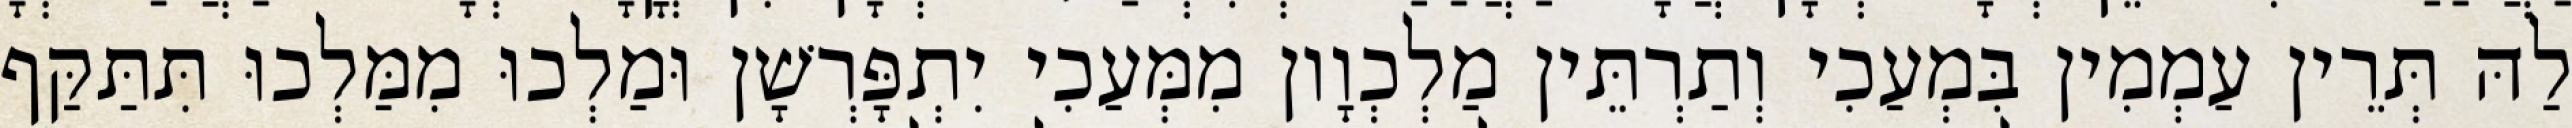
לַהּ תְּרֵין עַמְמִין בִּמְעַכִי וְתַרְתֵּין מַלְכְוָון מִמְּעַכִי יִתְפָּרְשָׁן וּמַלְכוּ מִמַּלְכוּ תִּתַּקַּף